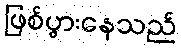
ဖြစ်ပွားနေသည်